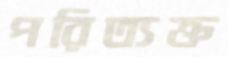
পরিত্যক্ত